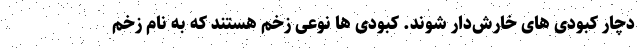
دچار کبودی های خارش‌دار شوند. کبودی ها نوعی زخم هستند که به نام زخم